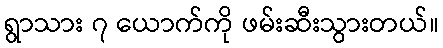
ရွာသား ၇ ယောက်ကို ဖမ်းဆီးသွားတယ်။